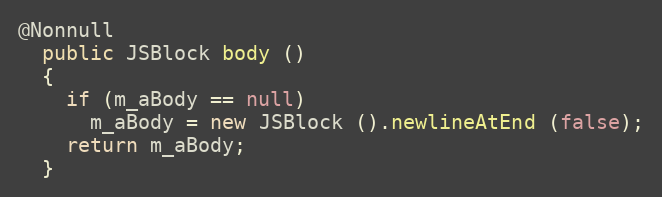
Language: Java
@Nonnull
  public JSBlock body ()
  {
    if (m_aBody == null)
      m_aBody = new JSBlock ().newlineAtEnd (false);
    return m_aBody;
  }